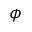
\phi